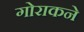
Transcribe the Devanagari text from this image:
गोराकने